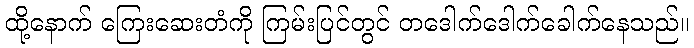
ထို့နောက် ကြေးဆေးတံကို ကြမ်းပြင်တွင် တဒေါက်ဒေါက်ခေါက်နေသည်။